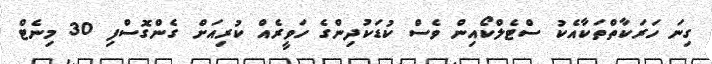
ގިނަ ހަރަކާތްތަކާއެކު ސްޓެލްކޯއިން ވެސް ކުޑަކުދިންގެ ހަވީރެއް ކުރިއަށް ގެންގޮސްފި 30 މިނެޓް